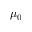
\mu _ { 0 }